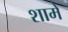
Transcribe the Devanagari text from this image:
शामें